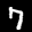
Label: 7